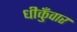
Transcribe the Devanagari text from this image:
धीकुँवार